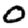
Digit: 0